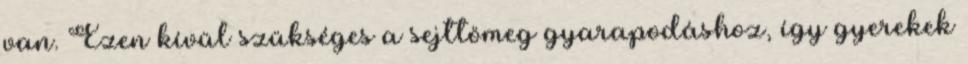
van. Ezen kívül szükséges a sejttömeg gyarapodáshoz, így gyerekek